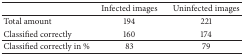
|  | Infected images | Uninfected images |
 | --- | --- | --- |
 | Total amount | 194 | 221 |
 | Classified correctly | 160 | 174 |
 | Classified correctly in % | 83 | 79 |